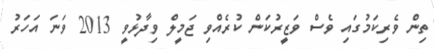
ތިން ވެރިކަމުގައި ވެސް ވަޒީރުކަން ކުރެއްވި ޖަމީލް ވިދާޅުވީ 2013 ވަނަ އަހަރު